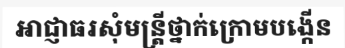
អាជ្ញាធរសុំមន្ត្រីថ្នាក់ក្រោមបង្កើន